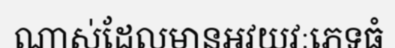
ណាស់ដែលមានអវយវៈភេទធំ